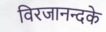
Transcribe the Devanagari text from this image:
विरजानन्दके